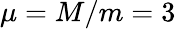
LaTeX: \mu=M/m=3